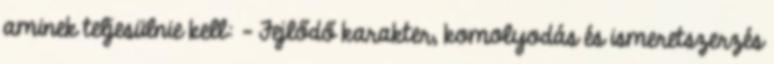
aminek teljesülnie kell: - Fejlődő karakter, komolyodás és ismeretszerzés